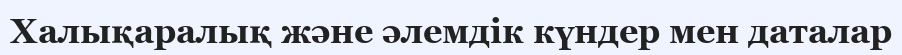
Халықаралық және әлемдік күндер мен даталар